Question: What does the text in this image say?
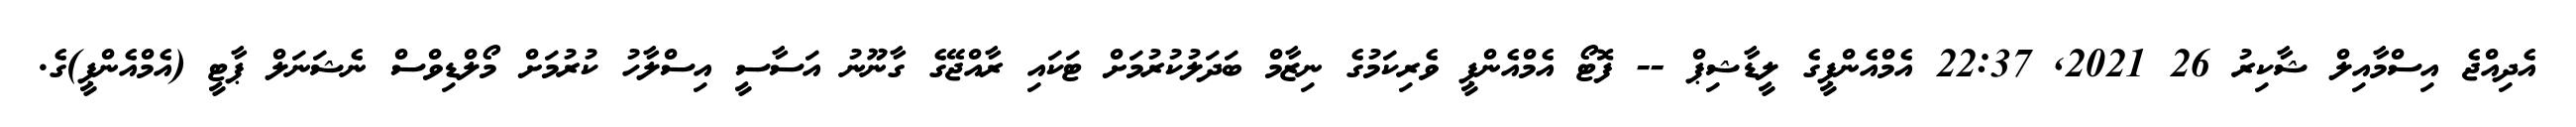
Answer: އެދިއްޖެ އިސްމާއިލް ޝާކިރު 26 2021, 22:37 އެމްއެންޕީގެ ލީޑާޝިޕް -- ފޮޓޯ އެމްއެންޕީ ވެރިކަމުގެ ނިޒާމް ބަދަލުކުރުމަށް ޓަކައި ރާއްޖޭގެ ގާނޫނު އަސާސީ އިސްލާހު ކުރުމަށް މޯލްޑިވްސް ނެޝަނަލް ޕާޓީ (އެމްއެންޕީ)ގެ.